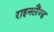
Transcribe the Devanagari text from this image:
राइनलैंण्ड